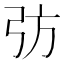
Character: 𢎷